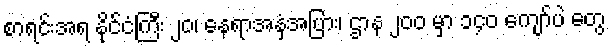
စာရင်းအရ နိုင်ငံကြီး ၂၀၊ နေရာအနှံ့အပြား၊ ဌာန ၂၀၀ မှာ ၁၄၀ ကျော်ပဲ တွေ